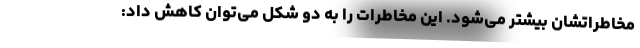
مخاطراتشان بیشتر می‌شود. این مخاطرات را به دو شکل می‌توان کاهش داد: